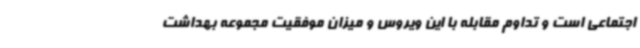
اجتماعی است و تداوم مقابله با این ویروس و میزان موفقیت مجموعه بهداشت